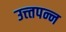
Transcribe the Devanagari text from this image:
उत्त्तपन्न